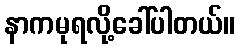
နာကမုရလို့ခေါ်ပါတယ်။